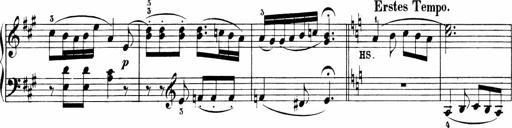
Title: 6 Sonatinas
Composer: Carl Reinecke